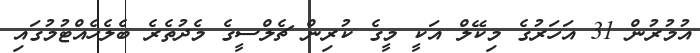
އުމުރުން 31 އަހަރުގެ މިކޭލް އަކީ މީގެ ކުރިން ޗެލްސީގެ މެދުތެރެ ބެލެހެއްޓުމުގައި